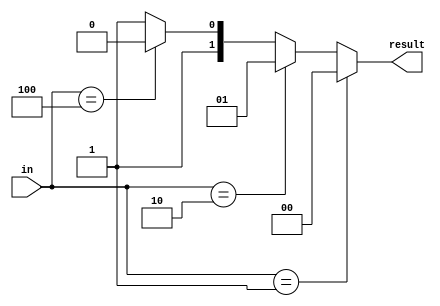
module encoder4x2_always(input [3:0]in, output reg[1:0] result);

always @ *
	begin
		if(in == 4'b0001) begin
			result <= 2'b00;
		end
		else if(in == 4'b0010) begin
			result <= 2'b01;
		end
		else if(in == 4'b0100) begin
			result <= 2'b10;
		end
		else result <= 2'b11;
	end

endmodule